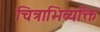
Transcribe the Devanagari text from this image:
चित्राभिव्यक्ति